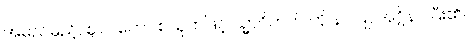
အမည်မှည့်, ဈလတော စသုတ်ဖြင့် သ္မာဝိဘတ် ကို နာ ပြု, အဂ္ဂိနာ ပြီး၏။